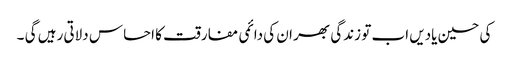
کی حسین یادیں اب تو زندگی بھر ان کی دائمی مفارقت کا احساس دلاتی رہیں گی ۔